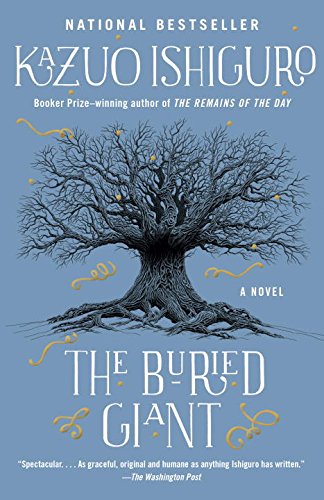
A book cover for The Buried Giant (Vintage International); Kazuo Ishiguro; Literature & Fiction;